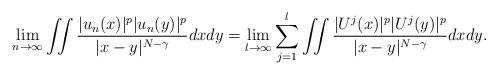
LaTeX: \begin{align*}\lim_{n \to \infty}\iint \frac{|u_n(x)|^p |u_n(y)|^p}{|x-y|^{N-\gamma}} dxdy = \lim_{l \to \infty} \sum_{j=1}^l \iint \frac{ | U^j(x)|^p |U^j (y) |^p }{|x-y|^{N-\gamma}} dxdy.\end{align*}